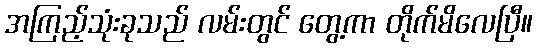
အကြည့်သုံးခုသည် လမ်းတွင် တွေ့ကာ တိုက်မိလေပြီ။